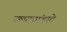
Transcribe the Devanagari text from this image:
उलट्यांवाटे